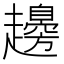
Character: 䟍